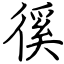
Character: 徯